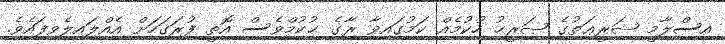
އިސްލާމީ ޝަރީޢަތުގެ ޞަރީޙު ހުކުމެއް ކަމުގައިވާ ރާގެ ޙުކުމްވެސް އޮތީ ފުރަގަހަށް އެއްލައިލެވިފައެވެ.